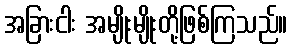
အခြားငါး အမျိုးမျိုးတို့ဖြစ်ကြသည်။